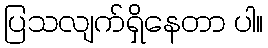
ပြသလျက်ရှိနေတာ ပါ။